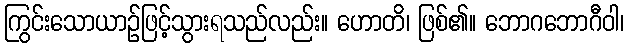
ကြွင်းသောယာဉ်ဖြင့်သွားရသည်လည်း။ ဟောတိ၊ ဖြစ်၏။ ဘောဂဘောဂီဝါ၊